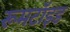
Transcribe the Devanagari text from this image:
रूमटॉइड